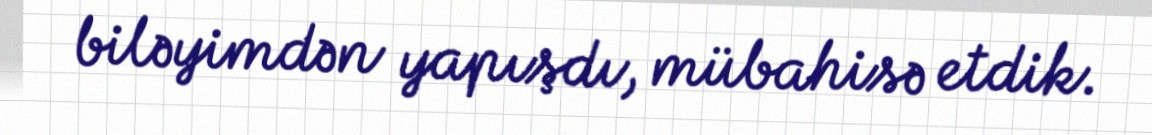
biləyimdən yapışdı, mübahisə etdik.